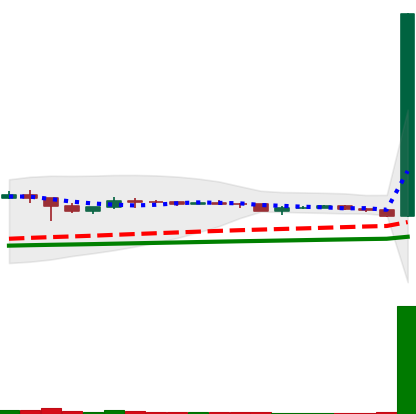
Ticker: DOGE-USD
Chart end date: 2021-01-28
Forward return: -7.523%
Label: down_7plus